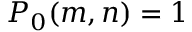
P _ { 0 } ( m , n ) = 1